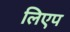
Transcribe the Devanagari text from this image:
लिएप